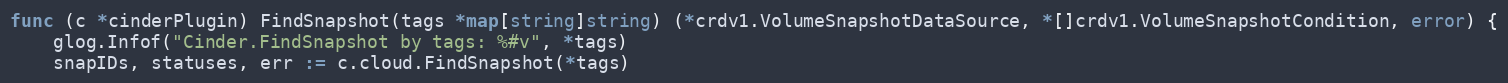
Language: Go
func (c *cinderPlugin) FindSnapshot(tags *map[string]string) (*crdv1.VolumeSnapshotDataSource, *[]crdv1.VolumeSnapshotCondition, error) {
	glog.Infof("Cinder.FindSnapshot by tags: %#v", *tags)
	snapIDs, statuses, err := c.cloud.FindSnapshot(*tags)